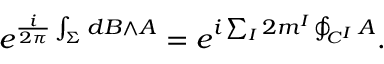
e ^ { \frac { i } { 2 \pi } \int _ { \Sigma } { d B \wedge A } } = e ^ { i \sum _ { I } 2 m ^ { I } \oint _ { C ^ { I } } A } .